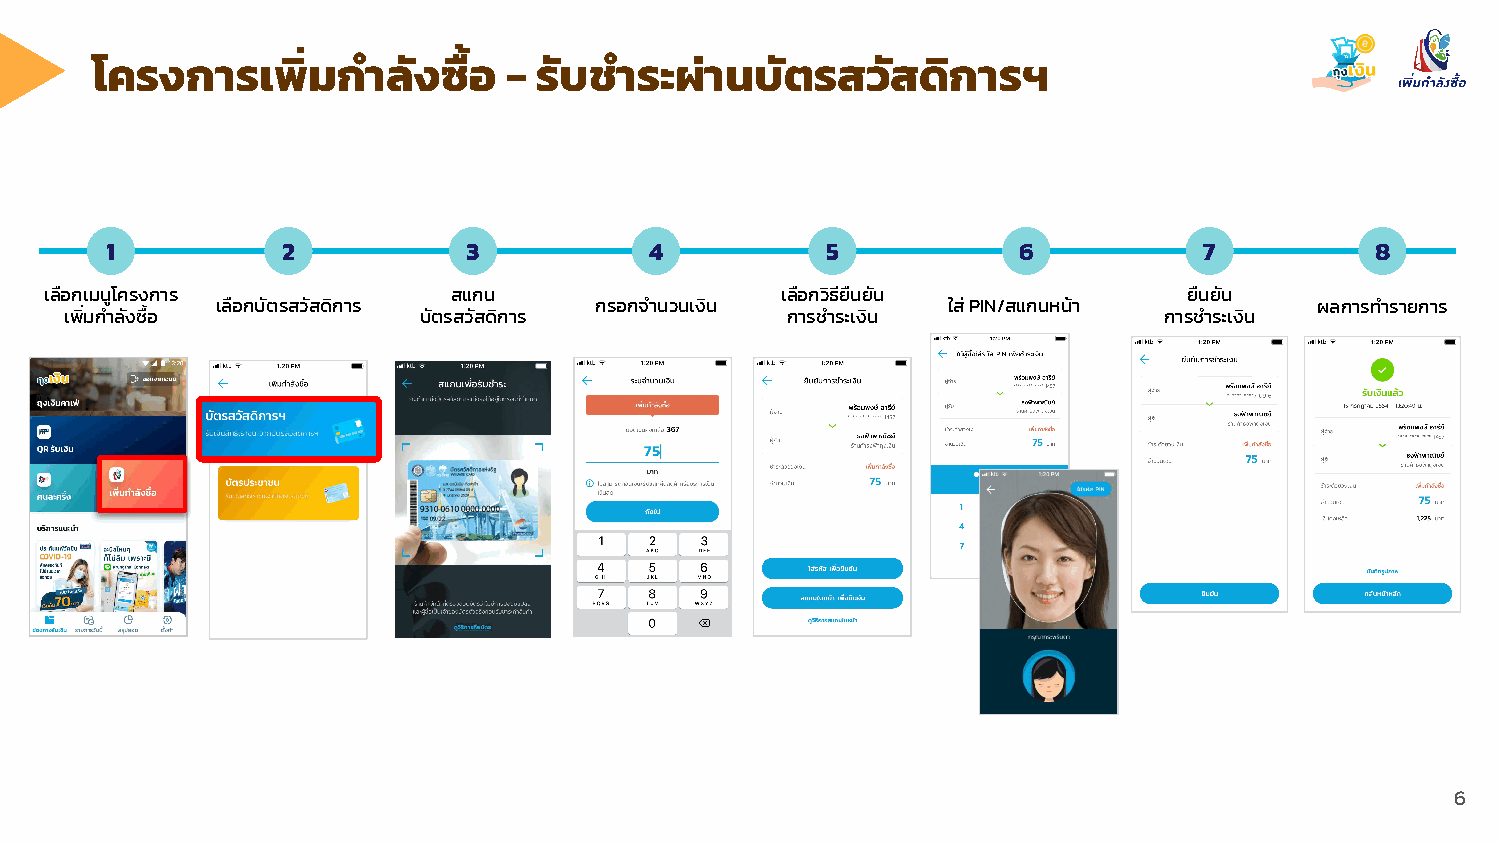
โครงการเพิ่มกําลังซื้อ      - รับชําระผ่านบัตรสวัสดิการฯ
 1           2           3           4           5           6            7          8
 เลือกเมนูโครงการ           สแกน                  เลือกวิธียืนยัน            ยืนยัน
 เลือกบัตรสวัสดิการ       กรอกจํานวนเงิน          ใส่ PIN/สแกนหน้า        ผลการทํารายการ
 เพิ่มกําลังซื้อ         บัตรสวัสดิการ           การชําระเงิน             การชําระเงิน
 6